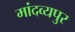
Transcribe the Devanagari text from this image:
मांदव्यपुर